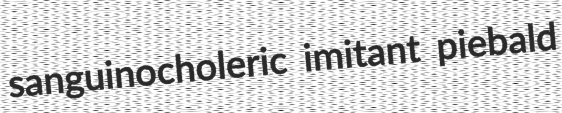
sanguinocholeric imitant piebald